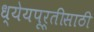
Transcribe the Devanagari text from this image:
ध्येयपूर्तीसाठी